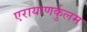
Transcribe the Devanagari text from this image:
एरायाणर्कुलम